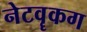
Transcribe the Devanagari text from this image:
नेटवॄकग